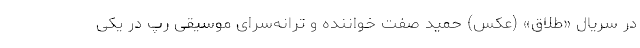
در سریال «طلاق» (عکس) حمید صفت خواننده و ترانه‌سرای موسیقی رپ در یکی